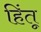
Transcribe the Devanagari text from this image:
हिंतू